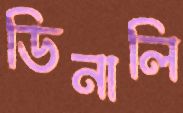
ডিনালি